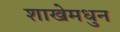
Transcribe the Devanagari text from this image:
शाखेमधुन